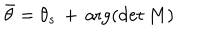
{ \bar { \theta } } = \theta _ { s } \, + \, \arg ( \det M )